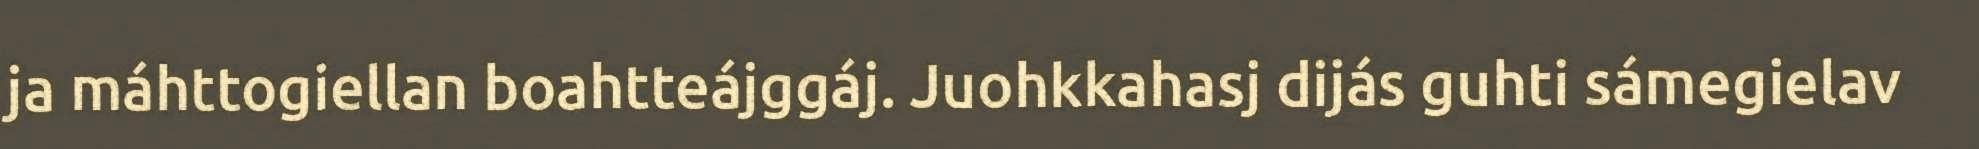
ja máhttogiellan boahtteájggáj. Juohkkahasj dijás guhti sámegielav